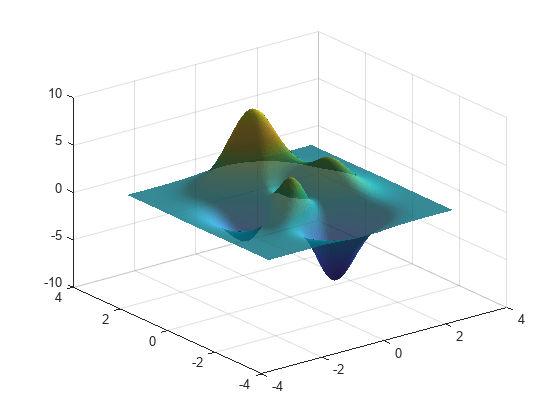
matlab, surf, alpha